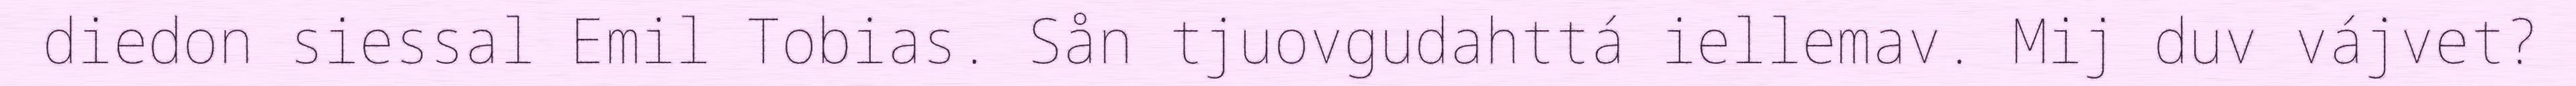
diedon siessal Emil Tobias. Sån tjuovgudahttá iellemav. Mij duv vájvet?